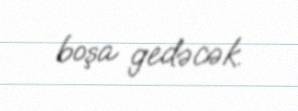
boşa gedəcək.